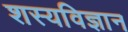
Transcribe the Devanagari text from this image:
शस्यविज्ञान